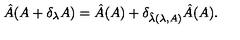
\hat { A } ( A + \delta _ { \lambda } A ) = \hat { A } ( A ) + \delta _ { \hat { \lambda } ( \lambda , A ) } \hat { A } ( A ) .